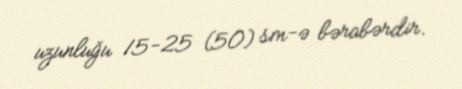
uzunluğu 15-25 (50) sm-ə bərabərdir.